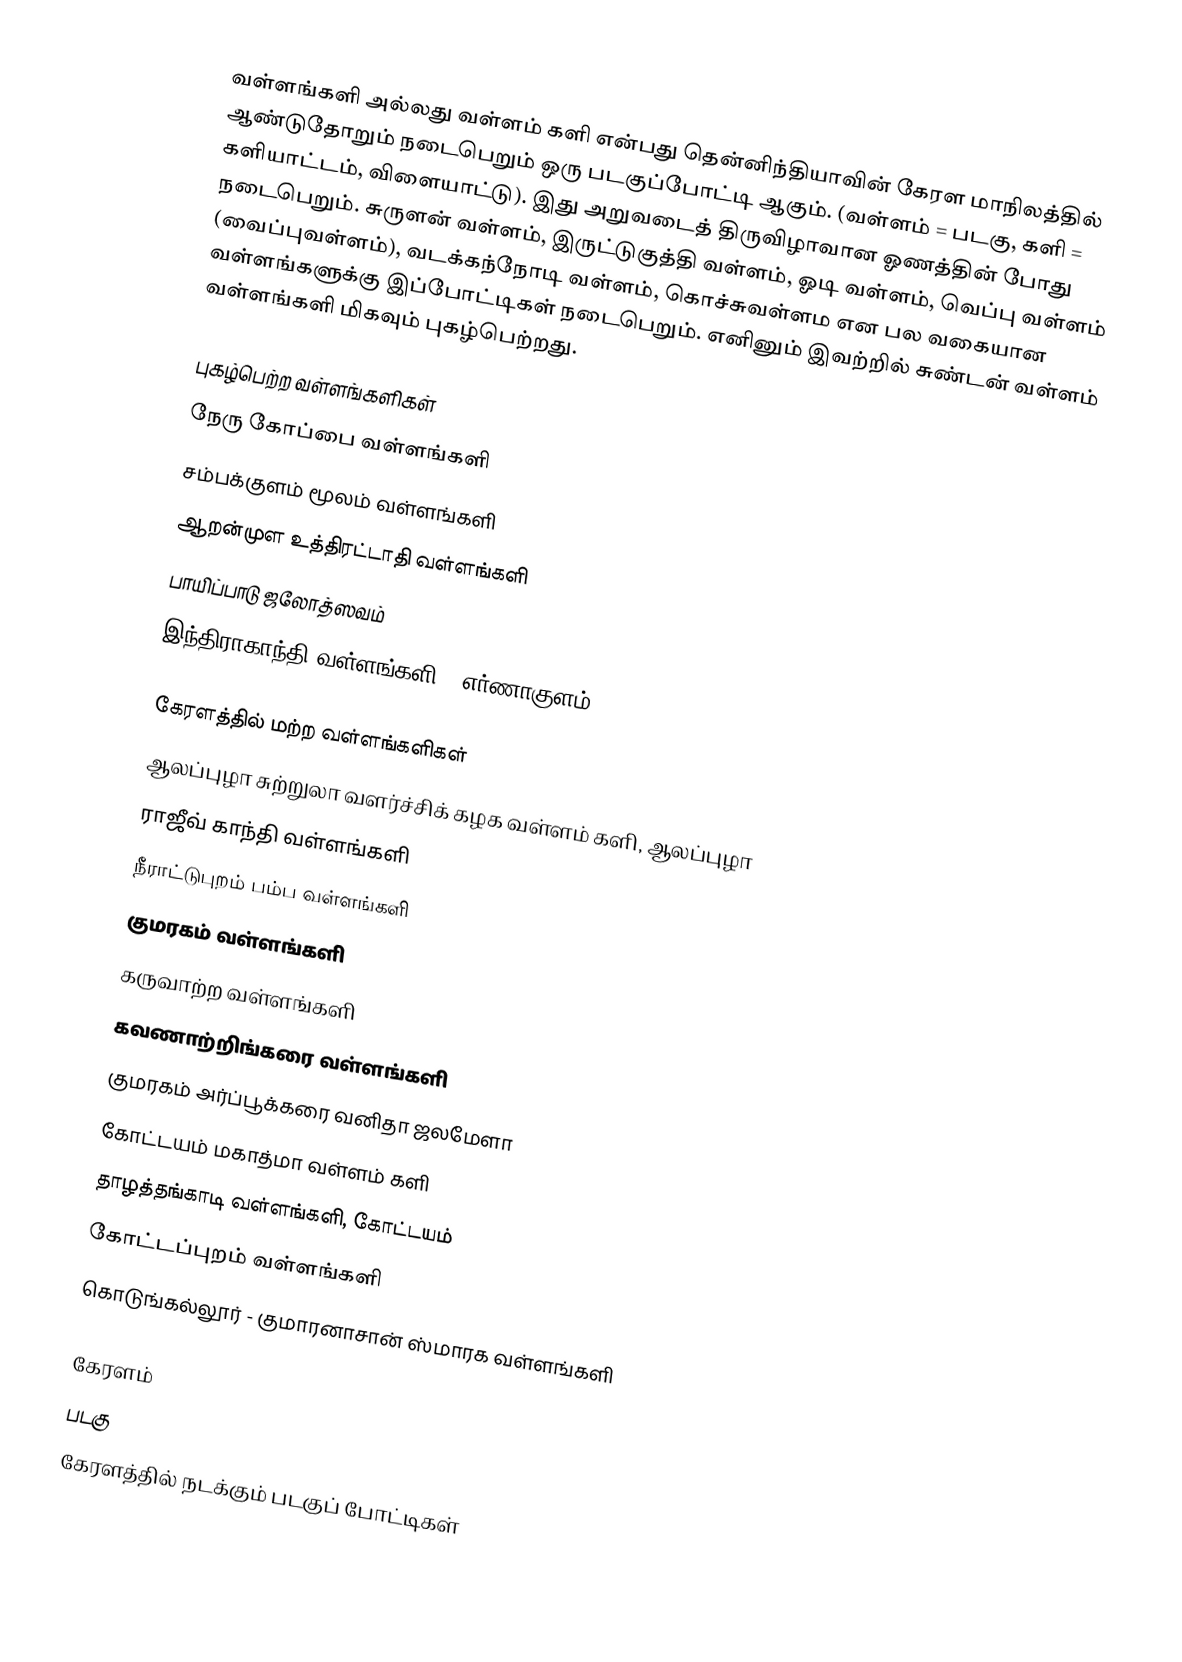
வள்ளங்களி அல்லது வள்ளம் களி என்பது தென்னிந்தியாவின் கேரள மாநிலத்தில் ஆண்டுதோறும் நடைபெறும் ஒரு படகுப்போட்டி ஆகும். (வள்ளம் = படகு, களி = களியாட்டம், விளையாட்டு). இது அறுவடைத் திருவிழாவான ஓணத்தின் போது நடைபெறும். சுருளன் வள்ளம், இருட்டுகுத்தி வள்ளம், ஓடி வள்ளம், வெப்பு வள்ளம் (வைப்புவள்ளம்), வடக்கந்நோடி வள்ளம், கொச்சுவள்ளம என பல வகையான வள்ளங்களுக்கு இப்போட்டிகள் நடைபெறும். எனினும் இவற்றில் சுண்டன் வள்ளம் வள்ளங்களி மிகவும் புகழ்பெற்றது.

புகழ்பெற்ற வள்ளங்களிகள்
 நேரு கோப்பை வள்ளங்களி
 சம்பக்குளம் மூலம் வள்ளங்களி
 ஆறன்முள உத்திரட்டாதி வள்ளங்களி
 பாயிப்பாடு ஜலோத்ஸவம்
 இந்திராகாந்தி வள்ளங்களி, (எர்ணாகுளம்)

கேரளத்தில் மற்ற வள்ளங்களிகள்
 ஆலப்புழா சுற்றுலா வளர்ச்சிக் கழக வள்ளம் களி, ஆலப்புழா
 ராஜீவ் காந்தி வள்ளங்களி
 நீராட்டுபுறம் பம்ப வள்ளங்களி
 குமரகம் வள்ளங்களி
 கருவாற்ற வள்ளங்களி
 கவணாற்றிங்கரை வள்ளங்களி
 குமரகம் அர்ப்பூக்கரை வனிதா ஜலமேளா
 கோட்டயம் மகாத்மா வள்ளம் களி
 தாழத்தங்காடி வள்ளங்களி, கோட்டயம்
 கோட்டப்புறம் வள்ளங்களி
 கொடுங்கல்லூர் - குமாரனாசான் ஸ்மாரக வள்ளங்களி

கேரளம்
படகு
கேரளத்தில் நடக்கும் படகுப் போட்டிகள்